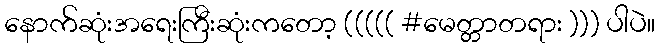
နောက်ဆုံးအရေးကြီးဆုံးကတော့ ((((( #မေတ္တာတရား ))) ပါပဲ။